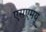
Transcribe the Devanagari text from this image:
एसएमयू